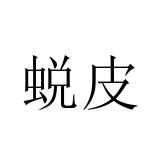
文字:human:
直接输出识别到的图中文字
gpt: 蜕皮